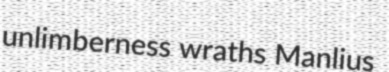
unlimberness wraths Manlius